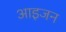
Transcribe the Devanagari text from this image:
आइजन